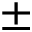
\pm